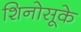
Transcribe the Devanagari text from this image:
शिनोसूके